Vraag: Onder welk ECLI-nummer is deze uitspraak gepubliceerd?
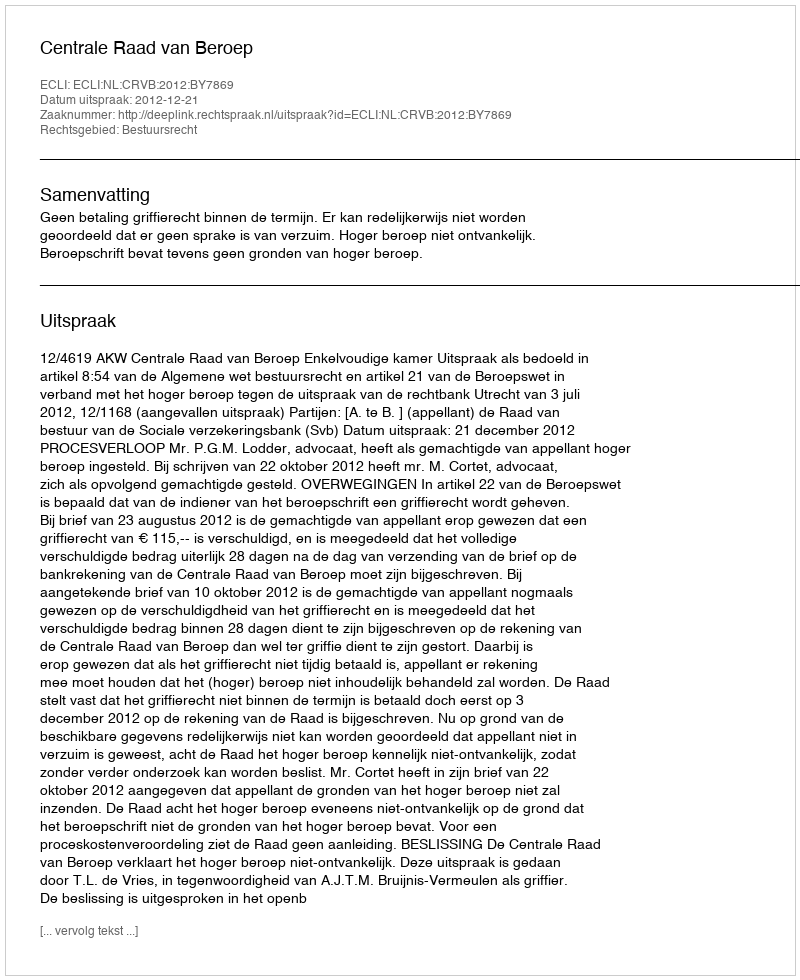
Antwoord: ECLI:NL:CRVB:2012:BY7869